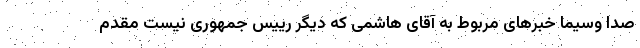
صدا وسیما خبرهای مربوط به آقای هاشمی که دیگر رییس جمهوری نیست مقدم